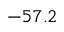
- 5 7 . 2